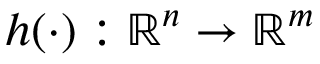
\boldsymbol { h } ( \cdot ) : \mathbb { R } ^ { n } \to \mathbb { R } ^ { m }